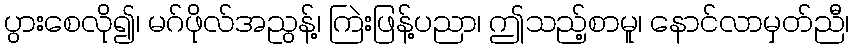
ပွားစေလို၍၊ မဂ်ဖိုလ်အညွန့်၊ ကြဲးဖြန့်ပညာ၊ ဤသည့်စာမူ၊ နောင်လာမှတ်ညီ၊